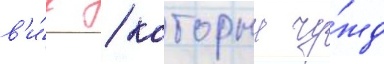
в'и́д / которыи чу́жд